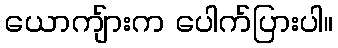
ယောကျ်ားက ပေါက်ပြားပါ။